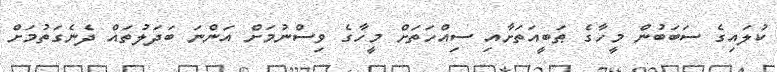
ކުލައިގެ ސަބަބުން މީހާގެ ޠަބީއަތަށާއި ސިއްހަތަށް މީހާގެ ވިސްނުމަށް އަންނަ ބަދަލުތައް ދެނެގަތުމަށް